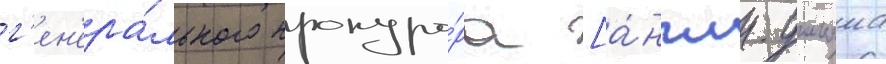
г'ен'ера́льного прокуро́ра [а́нгл. уильяма